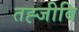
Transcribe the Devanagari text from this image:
तह्जीबि